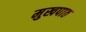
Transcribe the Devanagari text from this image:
मुखपाठ